Calcutta medical institutions reports 1892-1900
Year: 1892
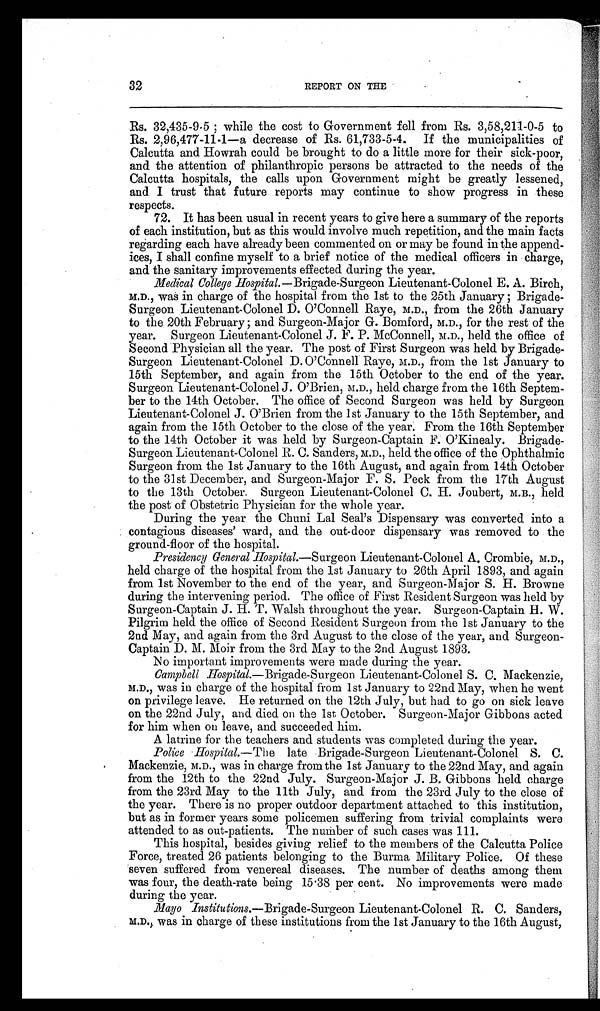
32
REPORT ON THE
Rs. 32,435-9-5 ; while the cost to Government fell from Rs. 3,58,211-0-5 to
Rs. 2,96,477-11-1—a decrease of Rs. 61,733-5-4. If the municipalities of
Calcutta and Howrah could be brought to do a little more for their sick-poor,
and the attention of philanthropic persons be attracted to the needs of the
Calcutta hospitals, the calls upon Government might be greatly lessened,
and. I trust that future reports may continue to show progress in these
respects.
72. It has been usual in recent years to give here a summary of the reports
of each institution, but as this would involve much repetition, and the main facts
regarding each have already been commented on or may be found in the append-
ices, I shall confine myself to a brief notice of the medical officers in charge,
and the sanitary improvements effected during the year.
Medical College Hospital.—Brigade-Surgeon Lieutenant-Colonel E. A. Birch,
M.D., was in charge of the hospital from the 1st to the 25th January ; Brigade-
Surgeon Lieutenant-Colonel D. O'Connell Raye, M.D., from the 26th January
to the 20th February ; and Surgeon-Major G. Bomford, M.D., for the rest of the
year. Surgeon Lieutenant-Colonel J. F. P. McConnell, M.D., held the office of
Second Physician all the year. The post of First Surgeon was held by Brigade-
Surgeon Lieutenant-Colonel D. O'Connell Raye, M.D., from the 1st January to
15th September, and again from the 15th October to the end of the year.
Surgeon Lieutenant-Colonel J. O'Brien, M.D., held charge from the 16th Septem-
ber to the 14th October. The office of Second Surgeon was held by Surgeon
Lieutenant-Colonel J. O'Brien from the 1st January to the 15th September, and
again from the 15th October to the close of the year. From the 16th September
to the 14th October it was held by Surgeon-Captain F. O'Kinealy. Brigade-
Surgeon Lieutenant-Colonel R. C. Sanders, M.D., held the office of the Ophthalmic
Surgeon from the 1st January to the 16th August, and again from 14th October
to the 31st December, and Surgeon-Major F. S. Peck from the 17th August
to the 13th October. Surgeon Lieutenant-Colonel C. H. Joubert, M.B., held
the post of Obstetric Physician for the whole year.
During the year the Chuni Lal Seal's Dispensary was converted into a
contagious diseases' ward, and the out-door dispensary was removed to the
ground-floor of the hospital.
Presidency General Hospital.— Surgeon Lieutenant-Colonel A. Crombie, M.D.,
held charge of the hospital from the 1st January to 26th April 1893, and again
from 1st November to the end of the year, and Surgeon-Major S. H. Browne
during the intervening period. The office of First Resident Surgeon was held by
Surgeon-Captain J. H. T. Walsh throughout the year. Surgeon-Captain H. W.
Pilgrim held the office of Second Resident Surgeon from the 1st January to the
2nd May, and again from the 3rd August to the close of the year, and Surgeon-
Captain D. M. Moir from the 3rd May to the 2nd August 1893.
No important improvements were made during the year.
Campbell Hospital.—Brigade-Surgeon Lieutenant-Colonel S. C. Mackenzie,
M.D., was in charge of the hospital from 1st January to 22nd May, when he went
on privilege leave. He returned on the 12th July, but had to go on sick leave
on the 22nd July, and died on the 1st October. Surgeon-Major Gibbons acted
for him when on leave, and succeeded him.
A latrine for the teachers and students was completed during the year.
Police Hospital.— The late Brigade-Surgeon Lieutenant-Colonel S. C.
Mackenzie, M.D., was in charge from the 1st January to the 22nd May, and again
from the 12th to the 22nd July. Surgeon-Major J. B. Gibbons held charge
from the 23rd May to the 11th July, and from the 23rd July to the close of
the year. There is no proper outdoor department attached to this institution,
but as in former years some policemen suffering from trivial complaints were
attended to as out-patients. The number of such cases was 111.
This hospital, besides giving relief to the members of the Calcutta Police
Force, treated 26 patients belonging to the Burma Military Police. Of these
seven suffered from venereal diseases. The number of deaths among them
was four, the death-rate being 15.38 per cent. No improvements were made
during the year.
.Mayo Institutions.—Brigade-Surgeon Lieutenant-Colonel R. C. Sanders,
M . D . , w a s i n c h a r g e o f t h e s e i n s t i t u t i o n s f r o m t h e 1 s t J a n u a r y t o t h e 1 6 t h A u g u s t ,